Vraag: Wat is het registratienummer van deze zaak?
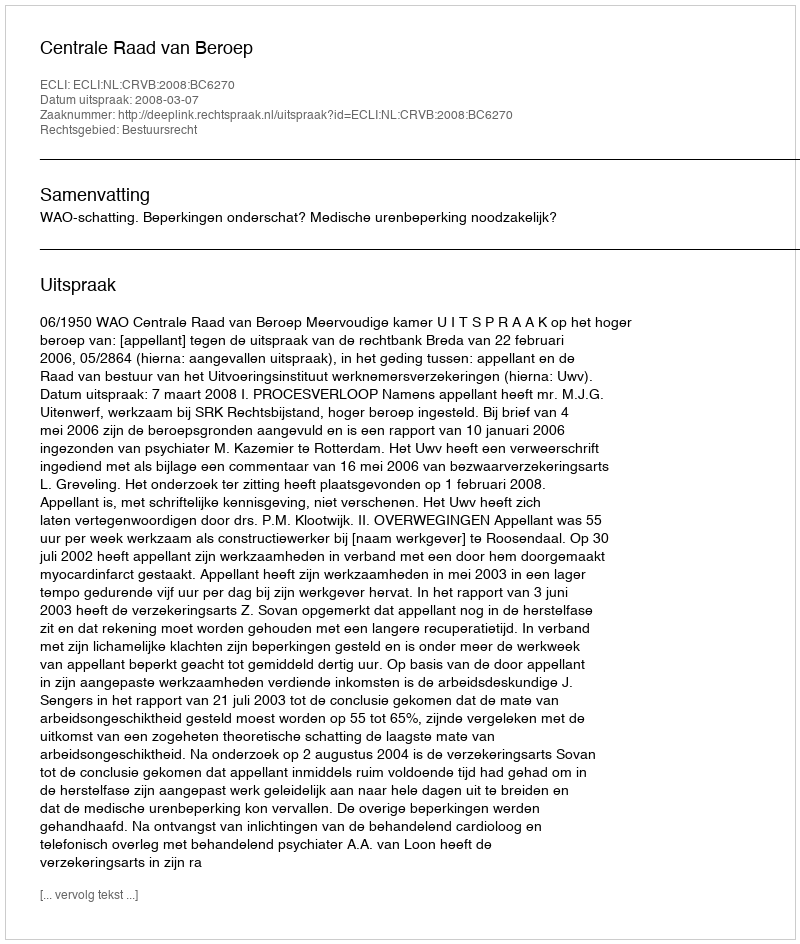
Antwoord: http://deeplink.rechtspraak.nl/uitspraak?id=ECLI:NL:CRVB:2008:BC6270